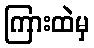
ကြားထဲမှ